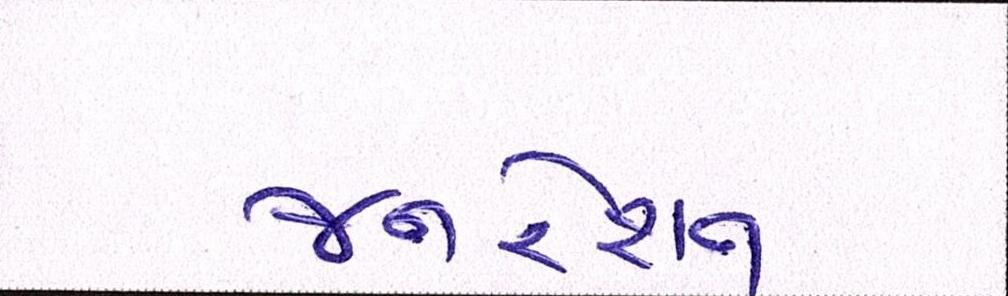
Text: જનરેશન